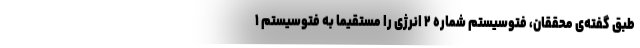
طبق گفته‌ی محققان، فتوسیستم شماره ۲ انرژی را مستقیما به فتوسیستم ۱